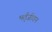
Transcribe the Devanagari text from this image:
भर्तृजीवन